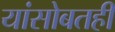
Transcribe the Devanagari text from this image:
यांसोबतही